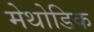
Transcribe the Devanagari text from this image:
मेथोडिक